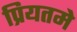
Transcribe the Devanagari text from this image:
प्रियतमे